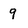
Character: 9